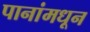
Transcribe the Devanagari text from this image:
पानांमधून